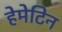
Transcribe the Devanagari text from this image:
हेमेटिन